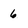
Character: 6